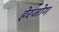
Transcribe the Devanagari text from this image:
हेरजोग